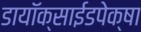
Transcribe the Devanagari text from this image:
डायॉक्साईडपेक्षा